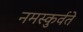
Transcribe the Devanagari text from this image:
नमस्कुर्वते